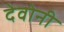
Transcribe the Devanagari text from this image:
देवोनी